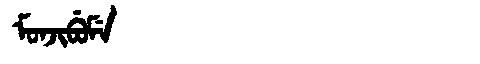
Manchu: ᠮᠣᠨᠵᡳᠪᡠᠮᡝ
Romanization: MONJIBUME